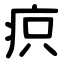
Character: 疻